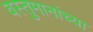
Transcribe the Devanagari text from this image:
वस्तुमानांच्या